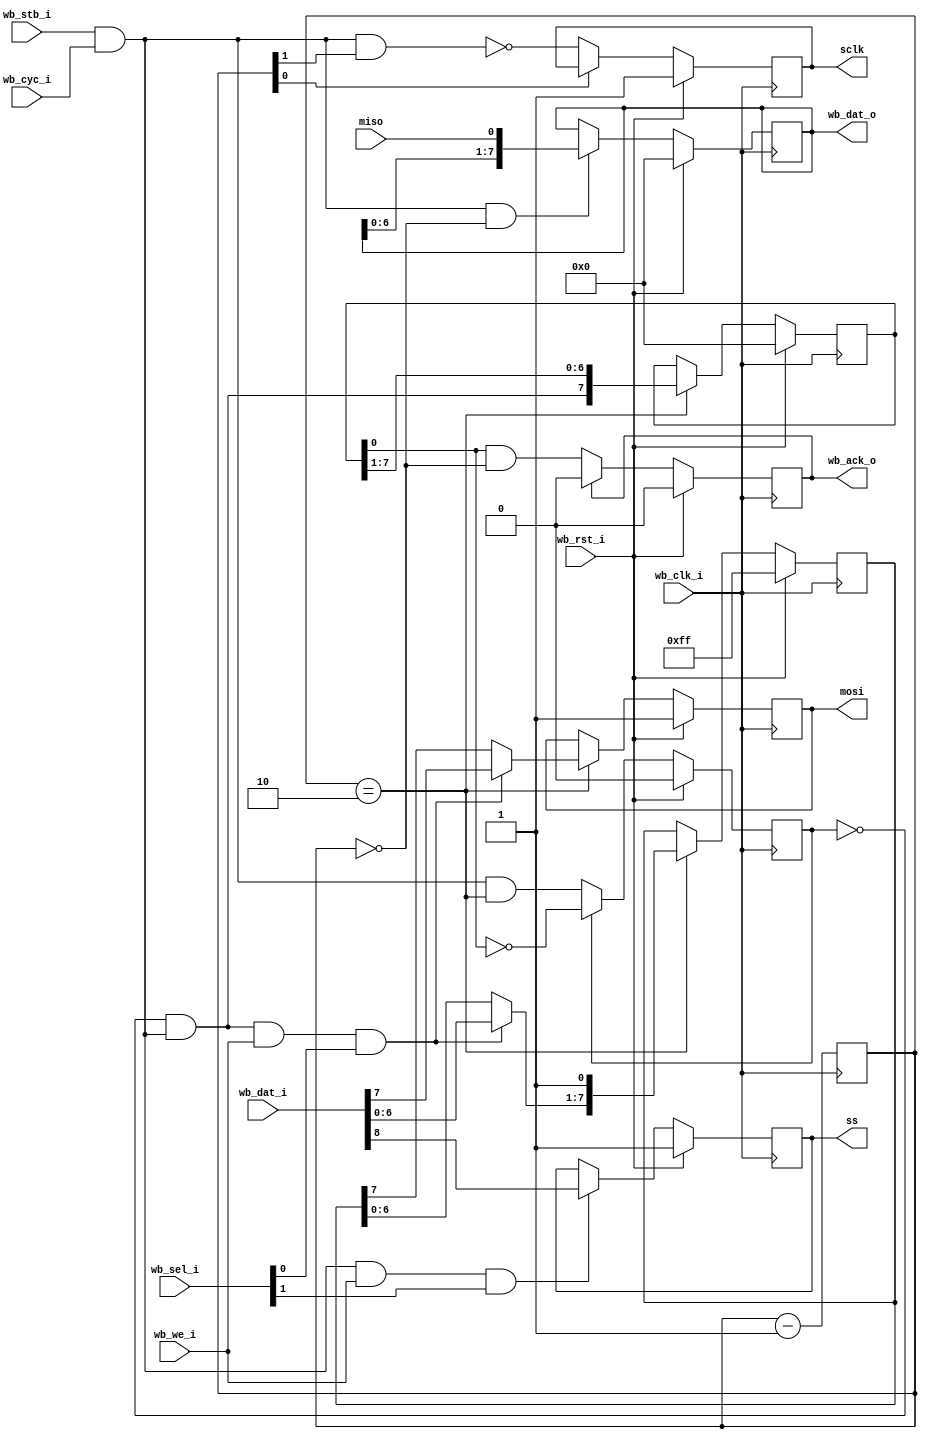
module sdspi (
    output reg 			sclk,		// Serial pad signal
    input      			miso,
    output reg 			mosi,
    output reg 			ss,
    input            	wb_clk_i,	// Wishbone slave interface
    input            	wb_rst_i,
    input      [8:0] 	wb_dat_i,
    output reg [7:0] 	wb_dat_o,
    input            	wb_we_i,
    input      [1:0] 	wb_sel_i,
    input            	wb_stb_i,
    input            	wb_cyc_i,
    output reg       	wb_ack_o
  );

  // Registers and nets
  wire       op;
  wire       start;
  wire       send;
  reg  [7:0] tr;
  reg        st;
  reg  [7:0] sft;
  reg  [1:0] clk_div;

  // Continuous assignments
  assign op     = wb_stb_i & wb_cyc_i;
  assign start  = !st & op;
  assign send   = start & wb_we_i & wb_sel_i[0];

  // Behaviour
  // mosi
  always @(posedge wb_clk_i)
    mosi <= wb_rst_i ? 1'b1 : (clk_div==2'b10 ? (send ? wb_dat_i[7] : tr[7]) : mosi);

  // tr
  always @(posedge wb_clk_i)
    tr <= wb_rst_i ? 8'hff : (clk_div==2'b10 ? { (send ? wb_dat_i[6:0] : tr[6:0]), 1'b1 } : tr);

  // wb_ack_o
  always @(posedge wb_clk_i)
    wb_ack_o <= wb_rst_i ? 1'b0 : (wb_ack_o ? 1'b0 : (sft[0] && clk_div==2'b00));

  // sft
  always @(posedge wb_clk_i)
    sft <= wb_rst_i ? 8'h0 : (clk_div==2'b10 ? { start, sft[7:1] } : sft);

  // st
  always @(posedge wb_clk_i)
    st <= wb_rst_i ? 1'b0 : (st ? !sft[0] : op && clk_div==2'b10);

  // wb_dat_o
  always @(posedge wb_clk_i)
    wb_dat_o <= wb_rst_i ? 8'h0 : ((op && clk_div==2'b0) ? { wb_dat_o[6:0], miso } : wb_dat_o);

  // sclk
  always @(posedge wb_clk_i)
    sclk <= wb_rst_i ? 1'b1 : (clk_div[0] ? sclk : !(op & clk_div[1]));

  // ss
  always @(negedge wb_clk_i)
    ss <= wb_rst_i ? 1'b1 : ((op & wb_we_i & wb_sel_i[1]) ? wb_dat_i[8] : ss);

  // clk_div
  always @(posedge wb_clk_i) clk_div <= clk_div - 2'd1;
  
endmodule